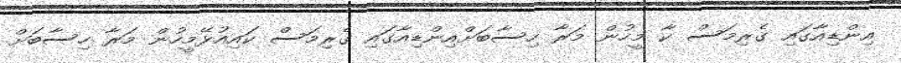
އިންޑިއާގައި ގެރިމަސް ކާ މީހުން މަރާ ހިސާބަށްއިންޑިއާގައި ގެރިމަސް ކައިއުޅޭމީހުން މަރާ ހިސާބަށް